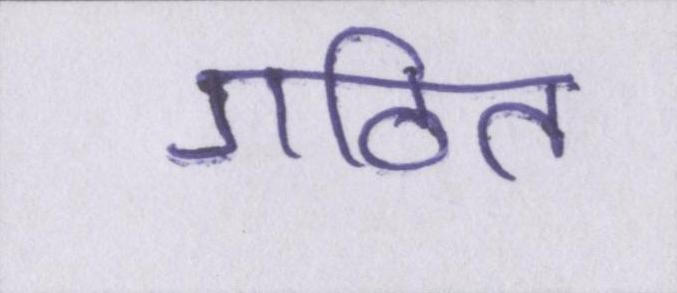
गठित